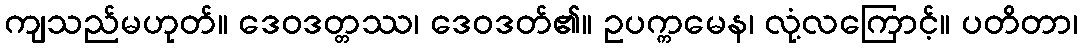
ကျသည်မဟုတ်။ ဒေဝဒတ္တဿ၊ ဒေဝဒတ်၏။ ဥပက္ကမေန၊ လုံ့လကြောင့်။ ပတိတာ၊